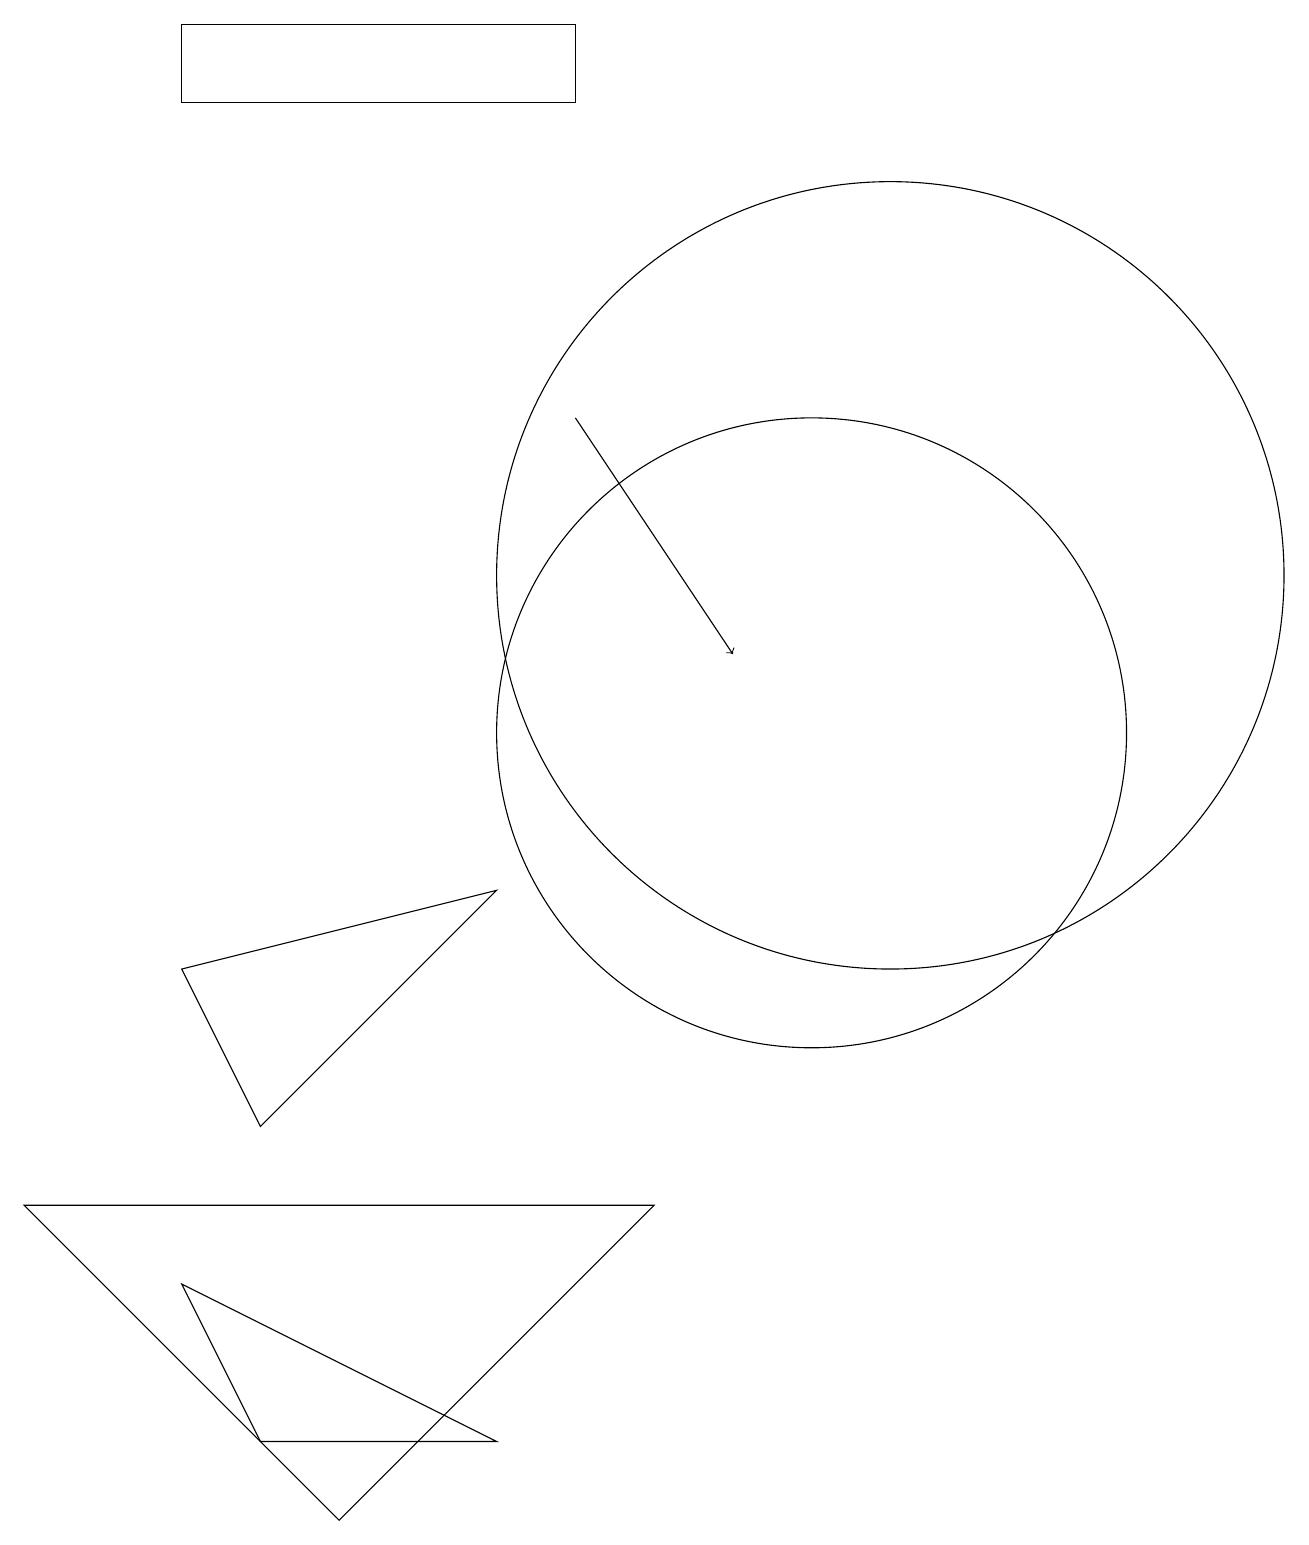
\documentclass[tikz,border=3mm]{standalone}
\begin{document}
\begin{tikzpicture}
\draw (10,10) circle (4);
\draw (8,4) -- (4,0) -- (0,4) -- cycle;
\draw (7,18) rectangle (2,19);
\draw (11,12) circle (5);
\draw (3,5) -- (6,8) -- (2,7) -- cycle;
\draw (3,1) -- (6,1) -- (2,3) -- cycle;
\draw[->] (7,14) -- (9,11);
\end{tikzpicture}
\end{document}